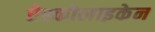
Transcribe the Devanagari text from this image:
ऐस्कोलाइकेन